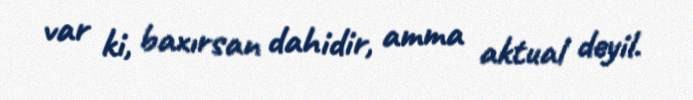
var ki, baxırsan dahidir, amma aktual deyil.